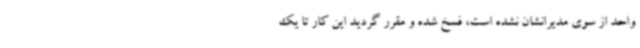
واحد از سوی مدیرانشان نشده است، فسخ شده و مقرر گردید این کار تا یک